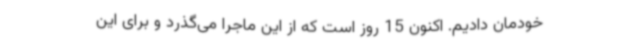
خودمان دادیم. اکنون 15 روز است که از این ماجرا می‌گذرد و برای این